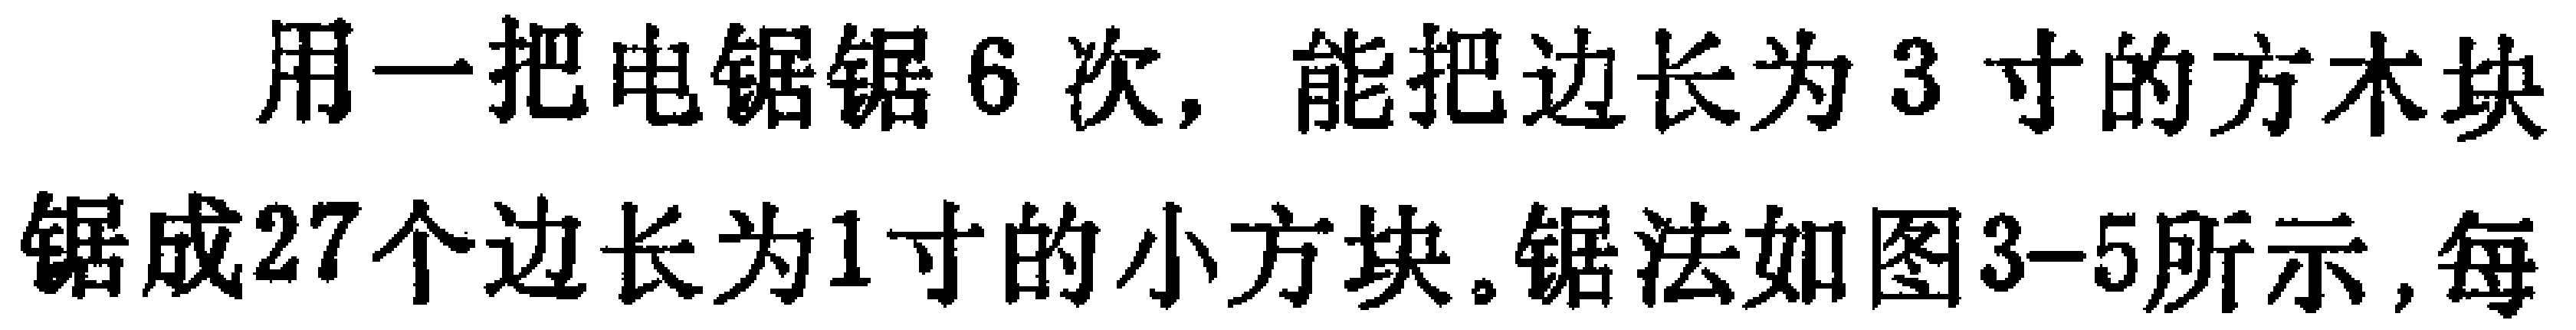
用一把电锯锯6次，能把边长为3寸的方木块锯成27个边长为1寸的小方块。锯法如图3-5所示，每